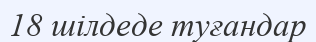
18 шілдеде туғандар